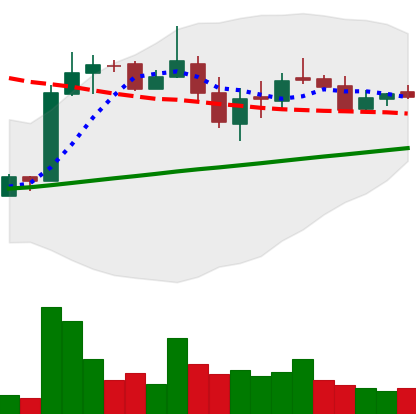
Ticker: LTC-USD
Chart end date: 2018-03-03
Forward return: -16.204%
Label: down_7plus